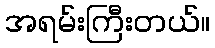
အရမ်းကြီးတယ်။